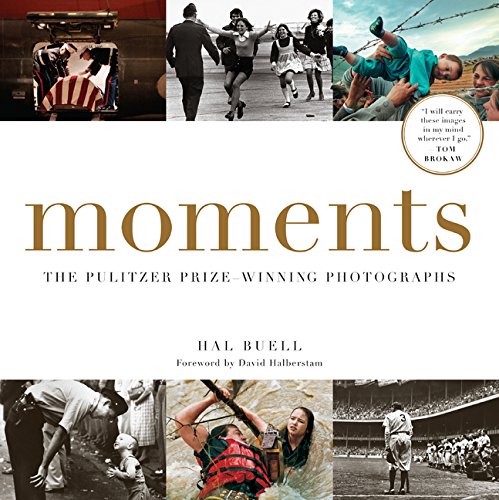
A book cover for Moments: The Pulitzer Prize-Winning Photographs; Hal Buell; Arts & Photography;